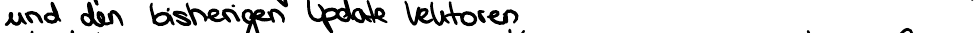
und den bisherigen Update Vektoren